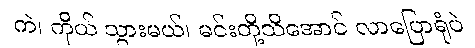
ကဲ၊ ကိုယ် သွားမယ်၊ မင်းတို့သိအောင် လာပြောရုံပဲ